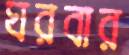
ঘরবার